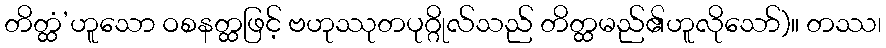
တိတ္ထံ’ဟူသော ဝစနတ္ထဖြင့် ဗဟုဿုတပုဂ္ဂိုလ်သည် တိတ္ထမည်၏ဟူလိုသော်)။ တဿ၊